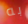
به